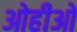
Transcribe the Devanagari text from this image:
ओहीओ